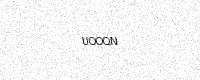
Text: UOOQN